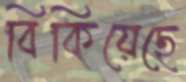
বিকিয়েছে